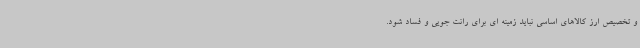
و تخصیص ارز کالاهای اساسی نباید زمینه ای برای رانت جویی و فساد شود.